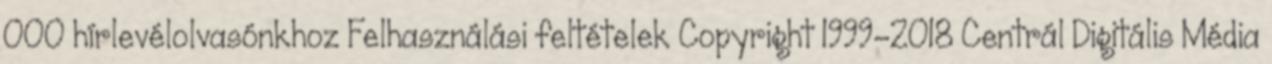
000 hírlevélolvasónkhoz Felhasználási feltételek Copyright 1999-2018 Centrál Digitális Média